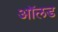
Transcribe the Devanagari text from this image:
आॅलड